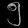
Digit: ၅